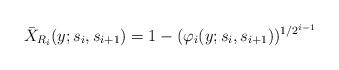
LaTeX: \begin{align*}\bar{X}_{R_{i}}(y;s_{i},s_{i+1})=1-(\varphi_{i}(y;s_{i},s_{i+1}))^{1/2^{i-1}} \end{align*}